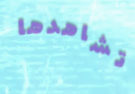
تشاهدها